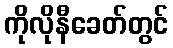
ကိုလိုနီခေတ်တွင်